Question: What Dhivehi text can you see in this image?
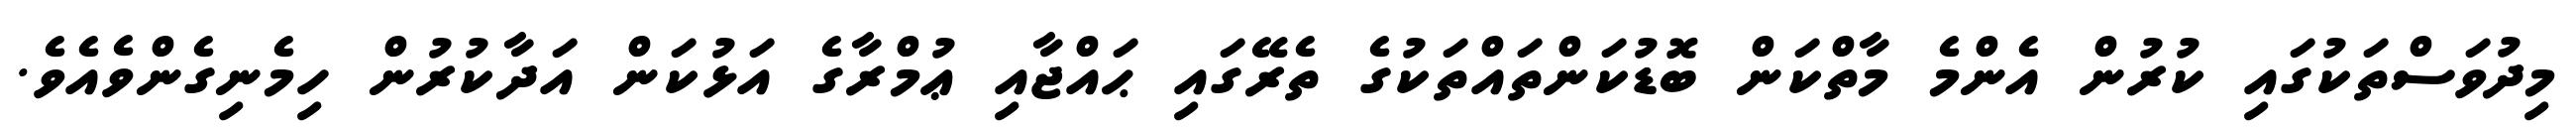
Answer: މިދުވަސްތަކުގައި ކުރުން އެންމެ މާތްކަން ބޮޑުކަންތައްތަކުގެ ތެރޭގައި ޙައްޖާއި ޢުމްރާގެ އަޅުކަން އަދާކުރުން ހިމެނިގެންވެއެވެ.